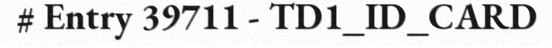
# Entry 39711 - TD1_ID_CARD